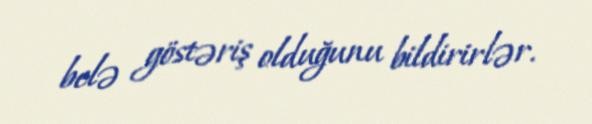
belə göstəriş olduğunu bildirirlər.